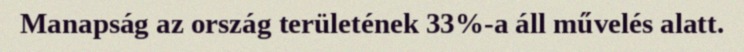
Manapság az ország területének 33%-a áll művelés alatt.